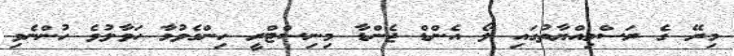
މިރޭ ގެ ރަސްމިއްޔާތުގައި ލޯ އެންޑް ޖެންޑާ މިނިސްޓްރީ ހިންގެވުމާ ހަވާލުވެ ހުންނެވި